Indian journal of veterinary science and animal husbandry - Volume 1,
Year: 1931
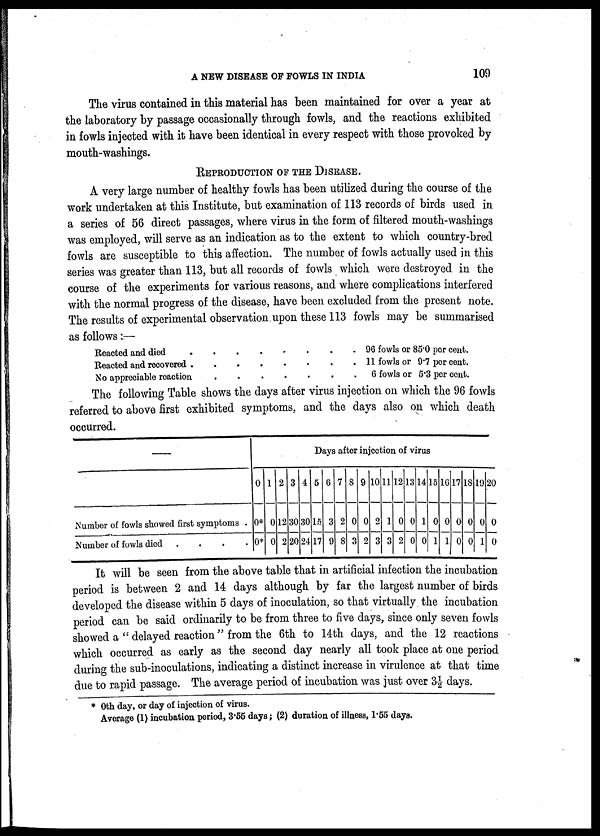
A NEW DISEASE OF FOWLS IN INDIA
109
The virus contained in this material has been maintained for over a year at
the laboratory by passage occasionally through fowls, and the reactions exhibited
in fowls injected with it have been identical in every respect with those provoked by
mouth-washings.
REPRODUCTION OF THE DISEASE.
A very large number of healthy fowls has been utilized during the course of the
work undertaken at this Institute, but examination of 113 records of birds used in
a series of 56 direct passages, where virus in the form of filtered mouth-washings
was employed, will serve as an indication as to the extent to which country-bred
fowls are susceptible to this affection. The number of fowls actually used in this
series was greater than 113, but all records of fowls which were destroyed in the
course of the experiments for various reasons, and where complications interfered
with the normal progress of the disease, have been excluded from the present note.
The results of experimental observation upon these 113 fowls may be summarised
as follows:—
Reacted and died
96 fowls or 85.0 per cent.
Reacted and recovered
11 fowls or 9.7 per cent.
No appreciable
reaction
6 fowls or 5.3 per cent.
The following Table shows the days after virus injection on which the 96 fowls
referred to above first exhibited symptoms, and the days also on which death
occurred.
—
Number of fowls showed first symptoms .
Number of fowls died
.
0
0*
0*
1
0
0
2
12
2
3
30
20
4
30
24
Days after injection of virus
5
15
17
6
3
9
7
2
8
8
0
3
9
0
2
10
2
3
11
1
3
12
0
2
13
0
0
14
1
0
15
0
1
16
0
1
17
0
0
18
0
0
19
0
1
20
0
0
It will be seen from the above table that in artificial infection the incubation
period is between 2 and 14 days although by far the largest number of birds
developed the disease within 5 days of inoculation, so that virtually the incubation
period can be said ordinarily to be from three to five days, since only seven fowls
showed a " delayed reaction " from the 6th to 14th days, and the 12 reactions
which occurred as early as the second day nearly all took place at one period
during the sub-inoculations, indicating a distinct increase in virulence at that time
due to rapid passage. The average period of incubation was just over 3½ days.
* 10th day, or day of injection of virus.
Average (1) incubation period, 3.55 days; (2) duration of illness, 1.55 days.